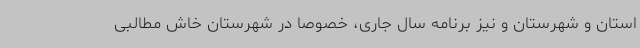
استان و شهرستان و نیز برنامه سال جاری، خصوصا در شهرستان خاش مطالبی